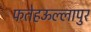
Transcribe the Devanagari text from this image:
फतेहऊल्लापुर